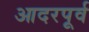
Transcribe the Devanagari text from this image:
आदरपूर्व